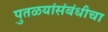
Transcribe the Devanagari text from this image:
पुतळयांसंबंधीचा